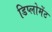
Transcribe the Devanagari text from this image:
डिप्लोमेंट